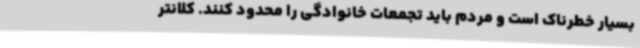
بسیار خطرناک است و مردم باید تجمعات خانوادگی را محدود کنند. کلانتر